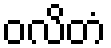
ဝလိတံ